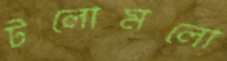
টলোমলো